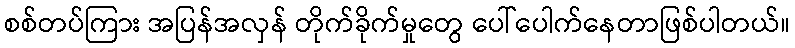
စစ်တပ်ကြား အပြန်အလှန် တိုက်ခိုက်မှုတွေ ပေါ်ပေါက်နေတာဖြစ်ပါတယ်။